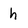
Character: h